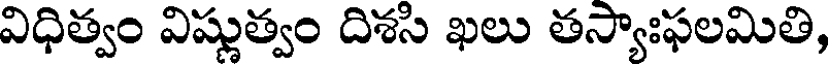
విధిత్వం విష్ణుత్వం దిశసి ఖలు తస్యాఃఫలమితి,